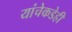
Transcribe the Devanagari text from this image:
यांचेकडेही